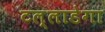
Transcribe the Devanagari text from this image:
टल्लाडेगा